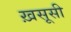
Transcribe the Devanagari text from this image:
ख़सूसी